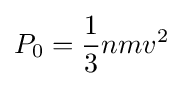
P_{0}={\frac {1}{3}}nmv^{2}